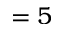
= 5